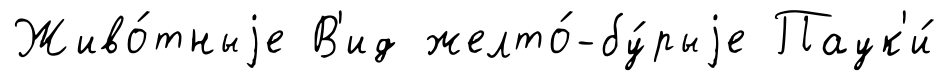
Живо́тныjе В'ид желто́-бу́рыjе Паук'и́